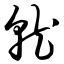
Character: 就